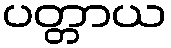
ပတ္တာယ